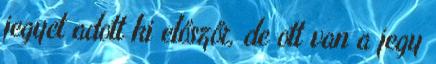
jegyet adott ki előszőr, de ott van a jegy